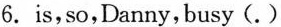
6.is,so,Danny,busy(.)